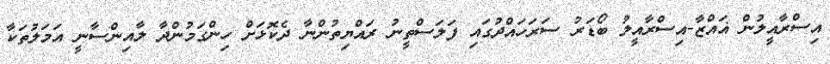
އިސްރާއީލުން ޣައްޒާ-އިސްރާއީލު ބޯޑަރު ސަރަހައްދުގައި ފަލަސްތީނު ރައްޔިތުންނާ ދެކޮޅަށް ހިންގަމުންދާ ލާއިންސާނީ އަމަލުތަކާ